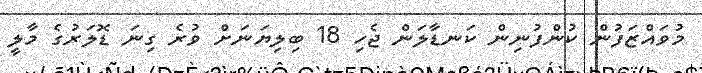
މުވައްޒަފުން ކުންފުނިން ކަނޑާލަން ޖެހި 18 ބިލިޔަނަށް ވުރެ ގިނަ ޑޮލަރުގެ މާލީ